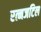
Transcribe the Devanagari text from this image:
रत्नजटिल